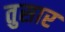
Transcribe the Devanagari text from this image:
तुसार